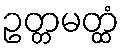
ဥတ္တမတ္ထံ